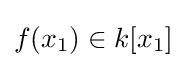
f(x_{1})\in k[x_{1}]